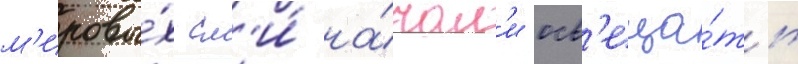
м'ировы́х см'и́ на́чал'и осв'еща́ть